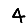
Digit: 4